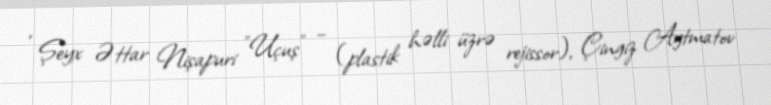
, Şeyx Əttar Nişapuri "Uçuş" – (plastik həlli üzrə rejissor), Çingiz Aytmatov